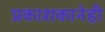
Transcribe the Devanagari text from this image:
प्रकाशकानेही